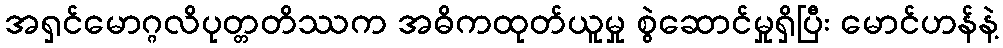
အရှင်မောဂ္ဂလိပုတ္တတိဿက အဓိကထုတ်ယူမှု စွဲဆောင်မှုရှိပြီး မောင်ဟန်နဲ့